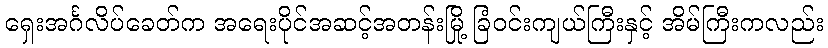
ရှေးအင်္ဂလိပ်ခေတ်က အရေးပိုင်အဆင့်အတန်းမြို့ ခြံဝင်းကျယ်ကြီးနှင့် အိမ်ကြီးကလည်း